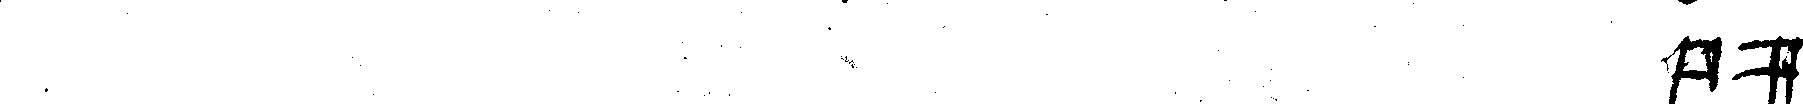
# bür